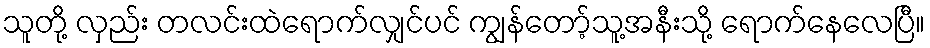
သူတို့ လှည်း တလင်းထဲရောက်လျှင်ပင် ကျွန်တော့်သူ့အနီးသို့ ရောက်နေလေပြီ။